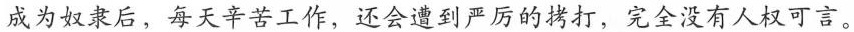
成为奴隶后，每天辛苦工作，还会遭到严厉的拷打，完全没有人权可言。